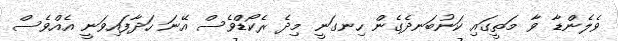
ވެލެންޑާ ވާ މަތީގައި ކަނުބަނދެގެން ހިނގަނީ މިދެ ރެކޯޑްވެސް އޭނަ ހަދާފައިވަނީ އެއްވެސް